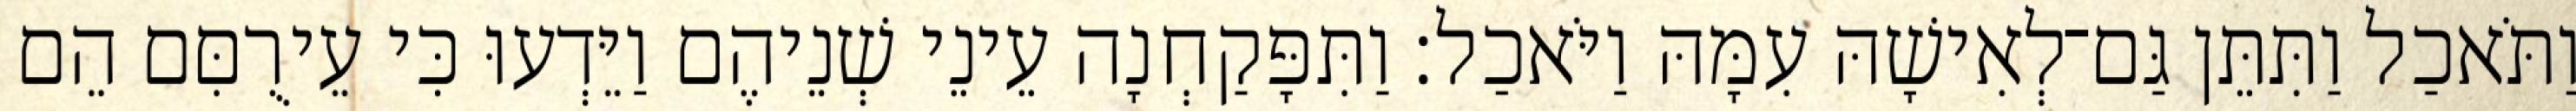
וַתֹּאכַל וַתִּתֵּן גַּם־לְאִישָׁהּ עִמָּהּ וַיֹּאכַל׃ וַתִּפָּקַחְנָה עֵינֵי שְׁנֵיהֶם וַיֵּדְעוּ כִּי עֵירֻםִּם הֵם